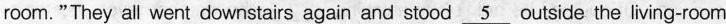
room."They all went downstairs again and stood \underline{5} outside the living-room